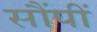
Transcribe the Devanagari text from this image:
सौंपीं